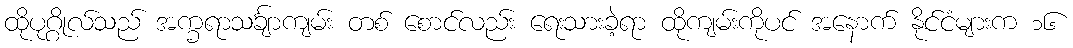
ထိုပုဂ္ဂိုလ်သည် အက္ခရာသင်္ချာကျမ်း တစ် စောင်လည်း ရေးသားခဲ့ရာ ထိုကျမ်းကိုပင် အနောက် နိုင်ငံများက ၁၆